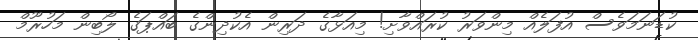
ކުޑަނަމަވެސް އުފަލެއް މިންވަރު ކުރައްވާށި! މިއަޅާގެ ދަރިން އެކުދިންގެ ބައްޕަގެ ލޯބިން މަހުރޫމް